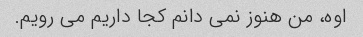
اوه، من هنوز نمی دانم کجا داریم می رویم.